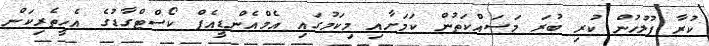
ކުރާ ފުލުހުން ކުރި ބުރަ މަސައްކަތުން ކަމަށާއި މިކަމުގައި އެމްއެންޑީއެފް ކޯސްޓްގާޑުގެ އެހީތެރިކަން